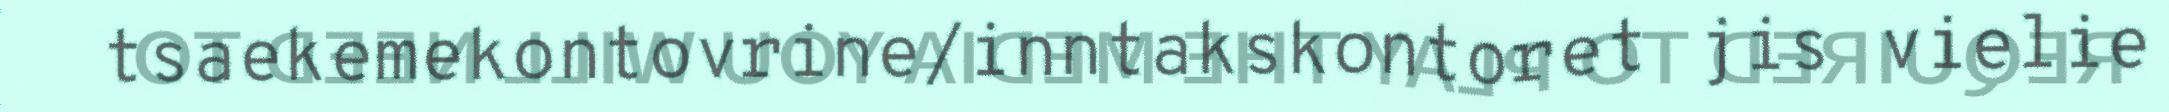
tsaekemekontovrine/inntakskontoret jis vielie